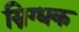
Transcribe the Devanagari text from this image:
स्निग्धक